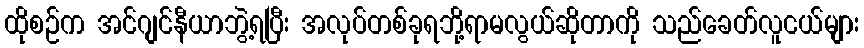
ထိုစဉ်က အင်ဂျင်နီယာဘွဲ့ရပြီး အလုပ်တစ်ခုရဘို့ရာမလွယ်ဆိုတာကို သည်ခေတ်လူငယ်များ